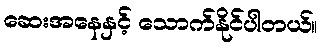
ဆေးအနေနှင့် သောက်နိုင်ပါတယ်။